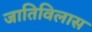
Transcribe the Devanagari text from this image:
जातिविलास